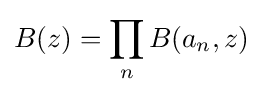
B(z)=\prod _{n}B(a_{n},z)